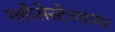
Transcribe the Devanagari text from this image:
ग्लौसेस्टेरशायर